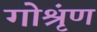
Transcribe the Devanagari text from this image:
गोश्रृंण